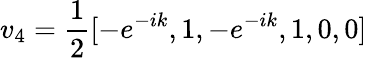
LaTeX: v_{4}=\frac{1}{2}[-e^{-ik},1,-e^{-ik},1,0,0]